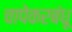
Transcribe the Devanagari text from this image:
चापेकरबंधू